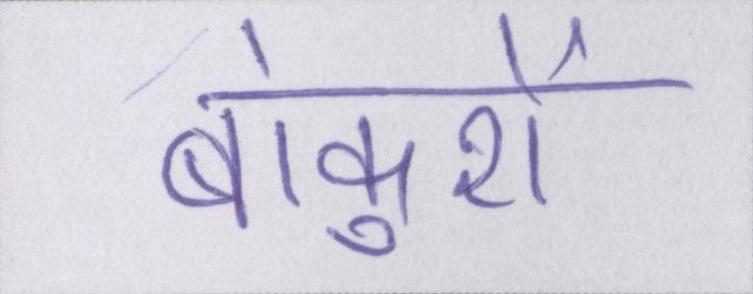
बांकुरों